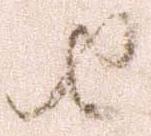
由